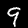
Digit: 9